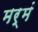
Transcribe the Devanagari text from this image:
मर्मं